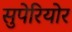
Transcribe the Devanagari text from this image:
सुपेरियोर